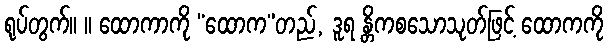
ရုပ်တွက်။ ။ ထောကာကို “ထောက”တည်, ဒူရ န္တိကစသောသုတ်ဖြင့် ထောကကို